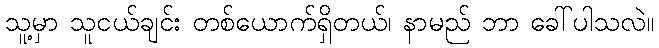
သူ့မှာ သူငယ်ချင်း တစ်ယောက်ရှိတယ်၊ နာမည် ဘာ ခေါ်ပါသလဲ။